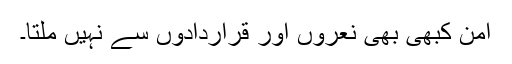
امن کبھی بھی نعروں اور قراردادوں سے نہیں ملتا۔